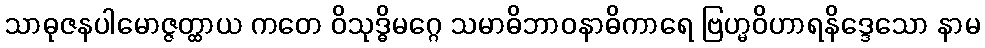
သာဓုဇနပါမောဇ္ဇတ္ထာယ ကတေ ဝိသုဒ္ဓိမဂ္ဂေ သမာဓိဘာဝနာဓိကာရေ ဗြဟ္မဝိဟာရနိဒ္ဒေသော နာမ